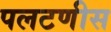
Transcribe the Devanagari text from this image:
पलटणीस